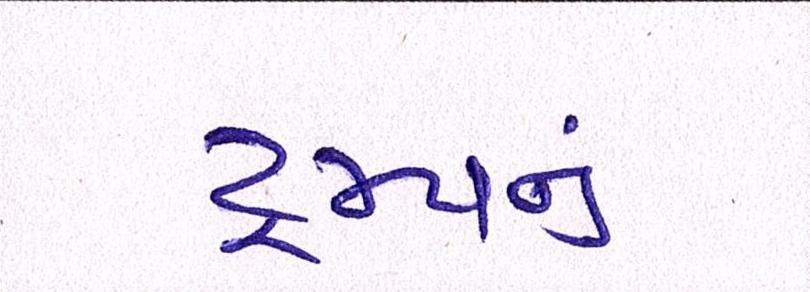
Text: ટ્રમ્પનું